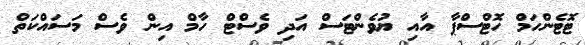
ޓޮޓެންހަމް ހޮޓްސްޕާ އާއި ޔުވެންޓަސް އަދި ވެސްޓް ހާމް އިން ވެސް މަސައްކަތް